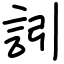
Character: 訠